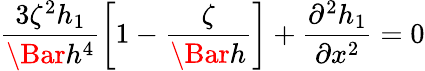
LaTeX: \frac{3\zeta^{2}h_{1}}{\Bar{h}^{4}}\left[1-\frac{\zeta}{\Bar{h}}\right]+\frac{\partial^{2}h_{1}}{\partial x^{2}}=0